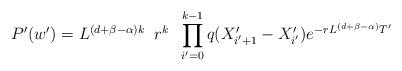
LaTeX: \begin{align*}P'(w')=L^{(d+\beta -\alpha)k}\;\;r^{k}\;\;\prod^{k-1}_{i'=0}q(X'_{i'+1}-X'_{i'})e^{-rL^{(d+\beta -\alpha)}T'}\end{align*}